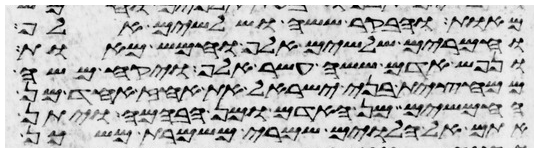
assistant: מאות ובקר ששה ושלשים אלף
וחמרים שלשים אלף וחמש מאות
ונפש אדם ששה עשר אלף ויקח משה
ממחצית בני ישראל את האחז אחד מן
החמשים מן האדם ומן הבהמה ויתן
אתם אל הלוים שמרי משמרת משכן